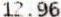
12.96